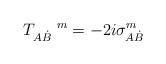
LaTeX: \begin{align*}T_{A\dot B}^{\ \ \ \ m}=-2i\sigma _{A\dot B}^m \end{align*}